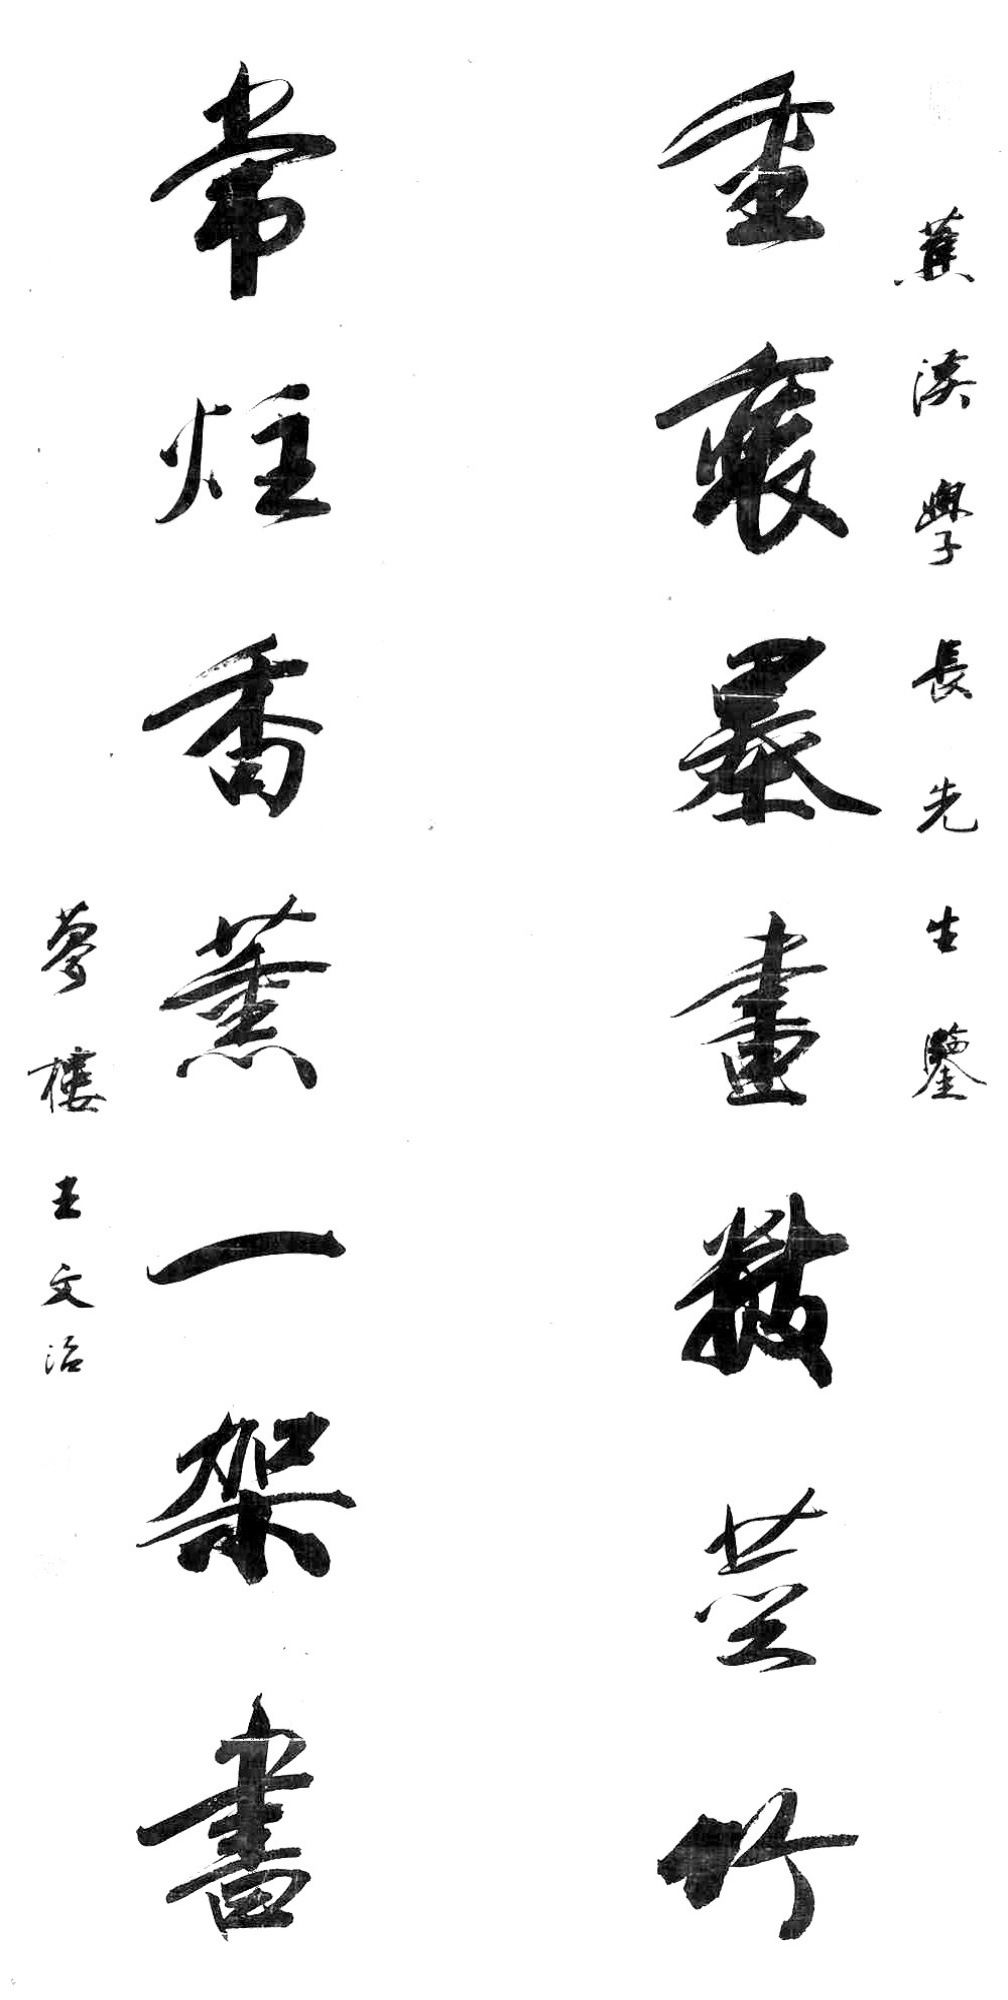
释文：重装墨画叔茎竹，常炷香薰一架书。蕉溪学长先生鉴，梦楼王文治。